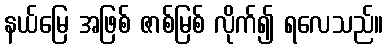
နယ်မြေ အဖြစ် ဇာစ်မြစ် လိုက်၍ ရလေသည်။